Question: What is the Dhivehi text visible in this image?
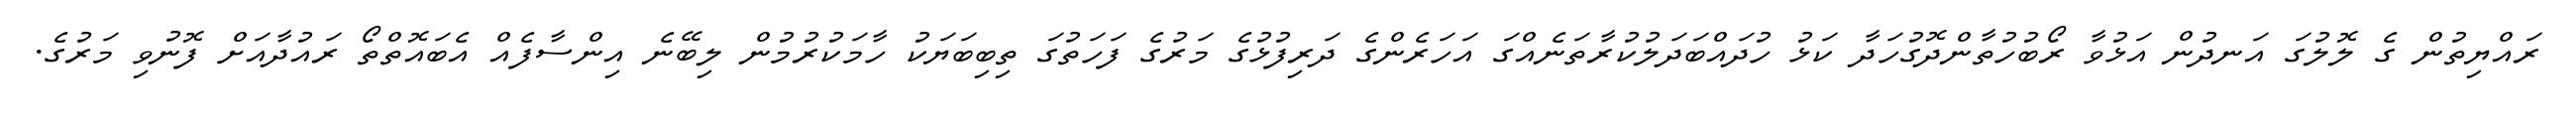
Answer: ރައްޔިތުން ގެ ލޮލުގަ އަނދުން އަޅުވާ ރޯބުހުތާންދޮގުހަދާ ކަޅު ހުދައްބަދަލުކުރާތަނެއްގަ އަހަރެންގެ ދަރިފުޅުގެ މަރުގެ ފަހަތުގަ ތިބިބަޔަކު ހާމަކުރުމުން ލިބޭނެ އިންސާފެއް އެބައޮތްތޯ ރައުދާއަށް ފޮނުވި މަރުގެ.